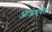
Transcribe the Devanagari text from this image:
आजपयॅत